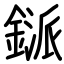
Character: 鎃